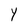
Character: Y